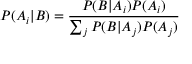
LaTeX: P ( A _ { i } | B ) = { \frac { P ( B | A _ { i } ) P ( A _ { i } ) } { \sum _ { j } { P ( B | A _ { j } ) P ( A _ { j } ) } } }